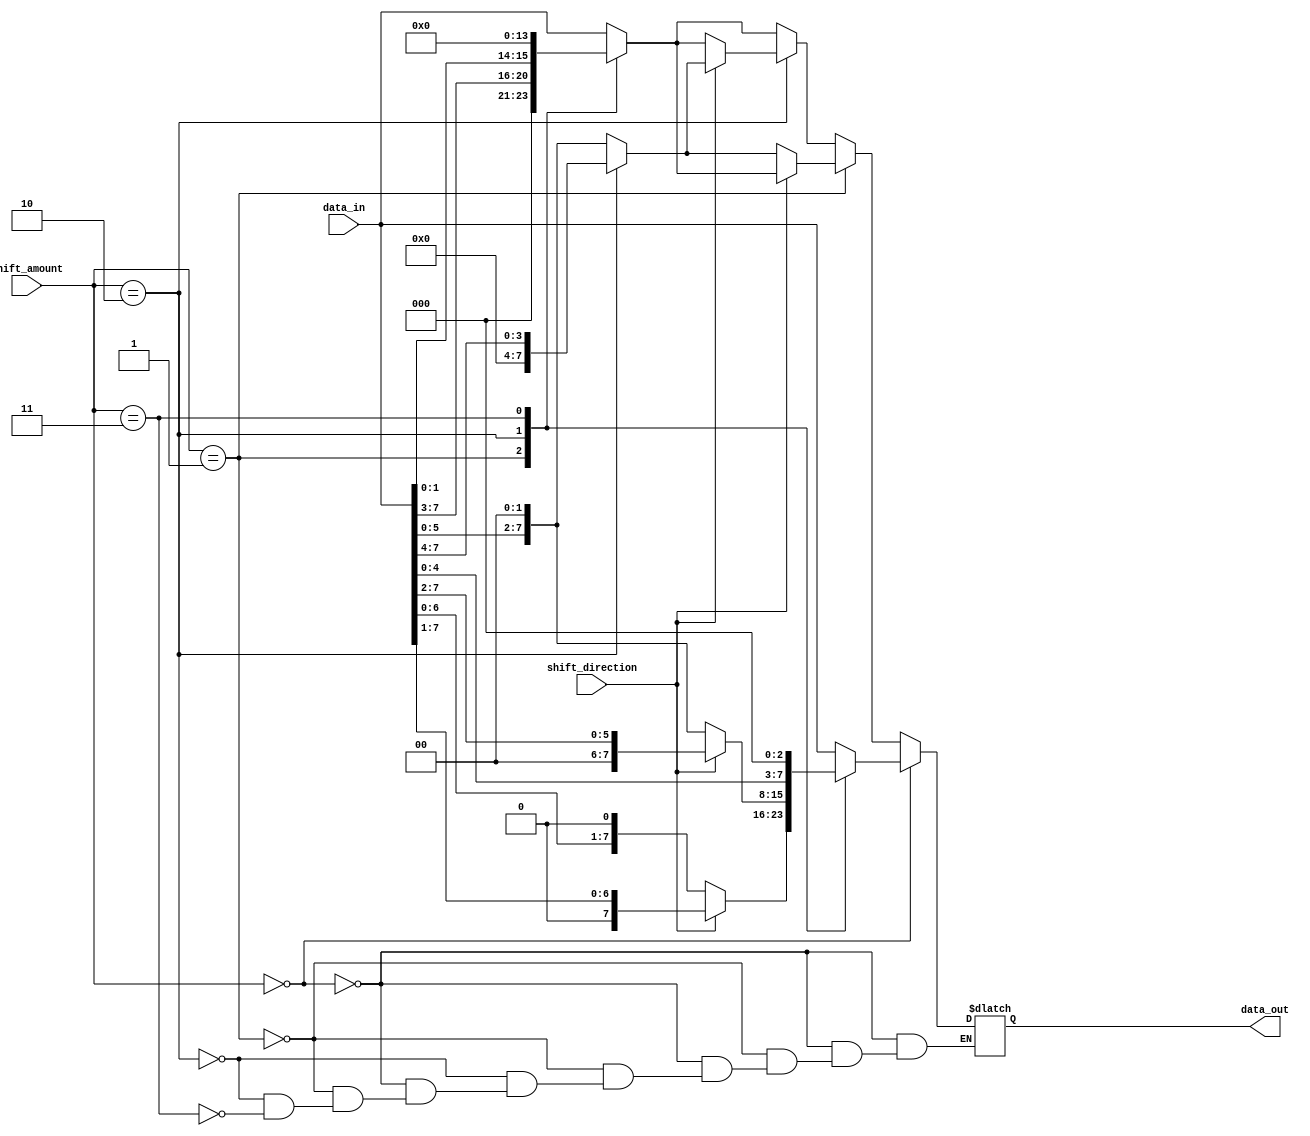
module SparseBarrelShifter (
    input [7:0] data_in,
    input [2:0] shift_amount,
    input shift_direction,
    output reg [7:0] data_out
);

reg [7:0] stage0;
reg [7:0] stage1;
reg [7:0] stage2;

always @ (data_in or shift_amount or shift_direction) begin
    case(shift_amount)
        3'b000: begin
            stage0 = data_in;
            stage1 = stage0;
            stage2 = stage1;
        end
        3'b001: begin
            if(shift_direction == 1'b0) begin //Left shift
                stage0 = data_in << 1;
                stage1 = stage0 << 1;
                stage2 = stage1 << 1;
            end else begin //Right shift
                stage0 = data_in >> 1;
                stage1 = stage0 >> 1;
                stage2 = stage1 >> 1;
            end
        end
        3'b010: begin
            if(shift_direction == 1'b0) begin //Left shift
                stage0 = data_in << 2;
                stage1 = stage0 << 2;
                stage2 = stage1 << 2;
            end else begin //Right shift
                stage0 = data_in >> 2;
                stage1 = stage0 >> 2;
                stage2 = data_in >> 2;
            end
        end
        3'b011: begin
            stage0 = data_in << 3;
            stage1 = stage0 << 3;
            stage2 = stage1 << 3;
        end
        //Add more cases for different shift amounts if needed
        default: begin
            stage0 = data_in;
            stage1 = stage0;
            stage2 = stage1;
        end
    endcase

    if(shift_amount == 0) begin
        data_out = stage0;
    end else if (shift_amount == 1) begin
        data_out = (shift_direction == 1'b0) ? stage1 : stage2;
    end else if (shift_amount == 2) begin
        data_out = (shift_direction == 1'b0) ? stage2 : stage1;
    end else if (shift_amount == 3) begin
        data_out = stage2;
    end
end

endmodule